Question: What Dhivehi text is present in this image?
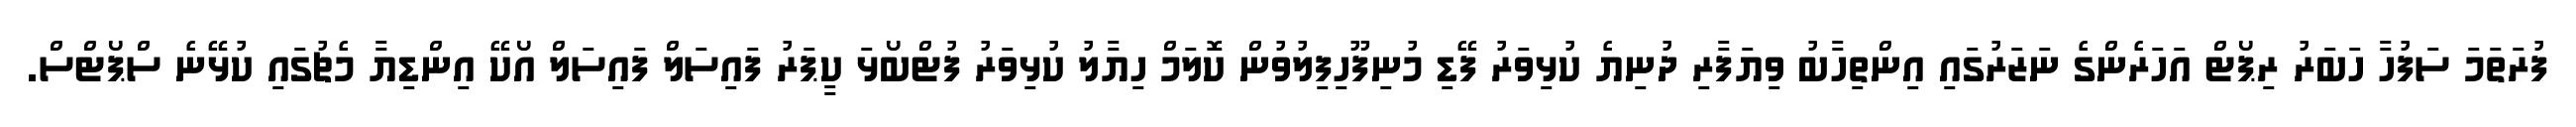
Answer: ފުރަތަމަ ސަފުހާ ހަބަރު ރިޕޯޓް އަހަރެންގެ ނަޒަރުގައި އިންތިހާބު ވިޔަފާރި ދުނިޔެ ކުޅިވަރު ފޭޑި މުނިފޫހިފިލުވުން ކޮލަމް ހިޔާލު ކުޅިވަރު ފުޓްބޯޅަ ކީޕަރު ފައިސަލް ފައިސަލް އޯކޭ އިންޑިޔާ މެޗުގައި ކުޅޭނެ ސްޕޯޓްސް.